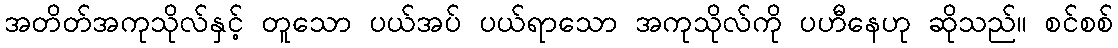
အတိတ်အကုသိုလ်နှင့် တူသော ပယ်အပ် ပယ်ရာသော အကုသိုလ်ကို ပဟီနေဟု ဆိုသည်။ စင်စစ်